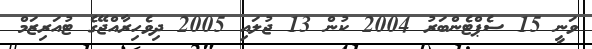
ވަނީ 15 ސެޕްޓެންބަރު 2004 ކުން 13 ޖުލައި 2005 ދިވެހިރާއްޖޭގެ ޓުއަރިޒަމް